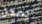
يمكن